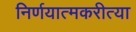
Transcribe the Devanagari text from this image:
निर्णयात्मकरीत्या